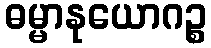
ဓမ္မာနုယောဂဉ္စ